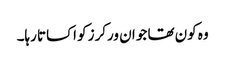
وہ کون تھا جو ان ورکرز کو اکساتا رہا۔